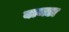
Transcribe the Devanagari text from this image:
बामडा